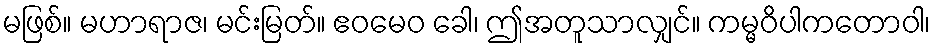
မဖြစ်။ မဟာရာဇ၊ မင်းမြတ်။ ဧဝမေဝ ခေါ၊ ဤအတူသာလျှင်။ ကမ္မဝိပါကတောဝါ၊